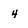
Character: 4